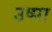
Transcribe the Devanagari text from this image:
उष्पा